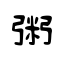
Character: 粥